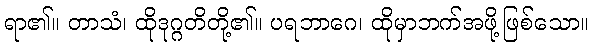
ရာ၏။ တာသံ၊ ထိုဒုဂ္ဂတိတို့၏။ ပရဘာဂေ၊ ထိုမှာဘက်အဖို့ဖြစ်သော။